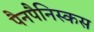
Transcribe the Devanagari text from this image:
पैनपैनिस्कस